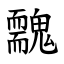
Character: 䰭